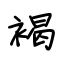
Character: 褐